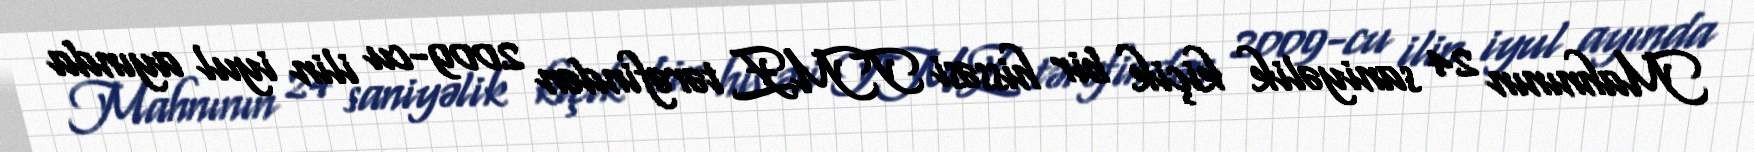
Mahnının 24 saniyəlik kiçik bir hissəsi TMZ tərəfindən 2009-cu ilin iyul ayında